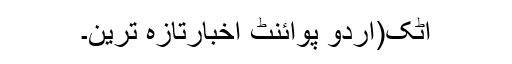
اٹک(اُردو پوائنٹ اخبارتازہ ترین۔